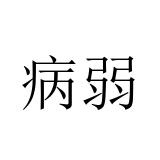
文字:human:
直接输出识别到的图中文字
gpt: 病弱